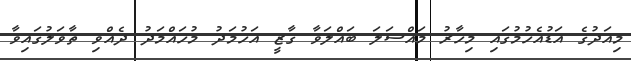
މިއަދުގެ އަޑުއެހުމުގައި މިހާރު މައްސަލަ ބައްލަވާ ގާޒީ އަހުމަދު މުހައްމަދު ދެއްވި ތާވަލުގައިވާ